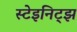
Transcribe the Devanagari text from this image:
स्टेइनिट्झ